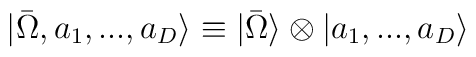
|\bar{\Omega} , a_{1},...,a_{D} \rangle \equiv|\bar{\Omega} \rangle \otimes |a_{1},...,a_{D} \rangle